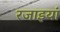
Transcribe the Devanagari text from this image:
रजाइयां